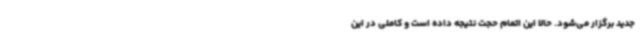
جدید برگزار می‌شود. حالا این اتمام حجت نتیجه داده است و کاملی در این